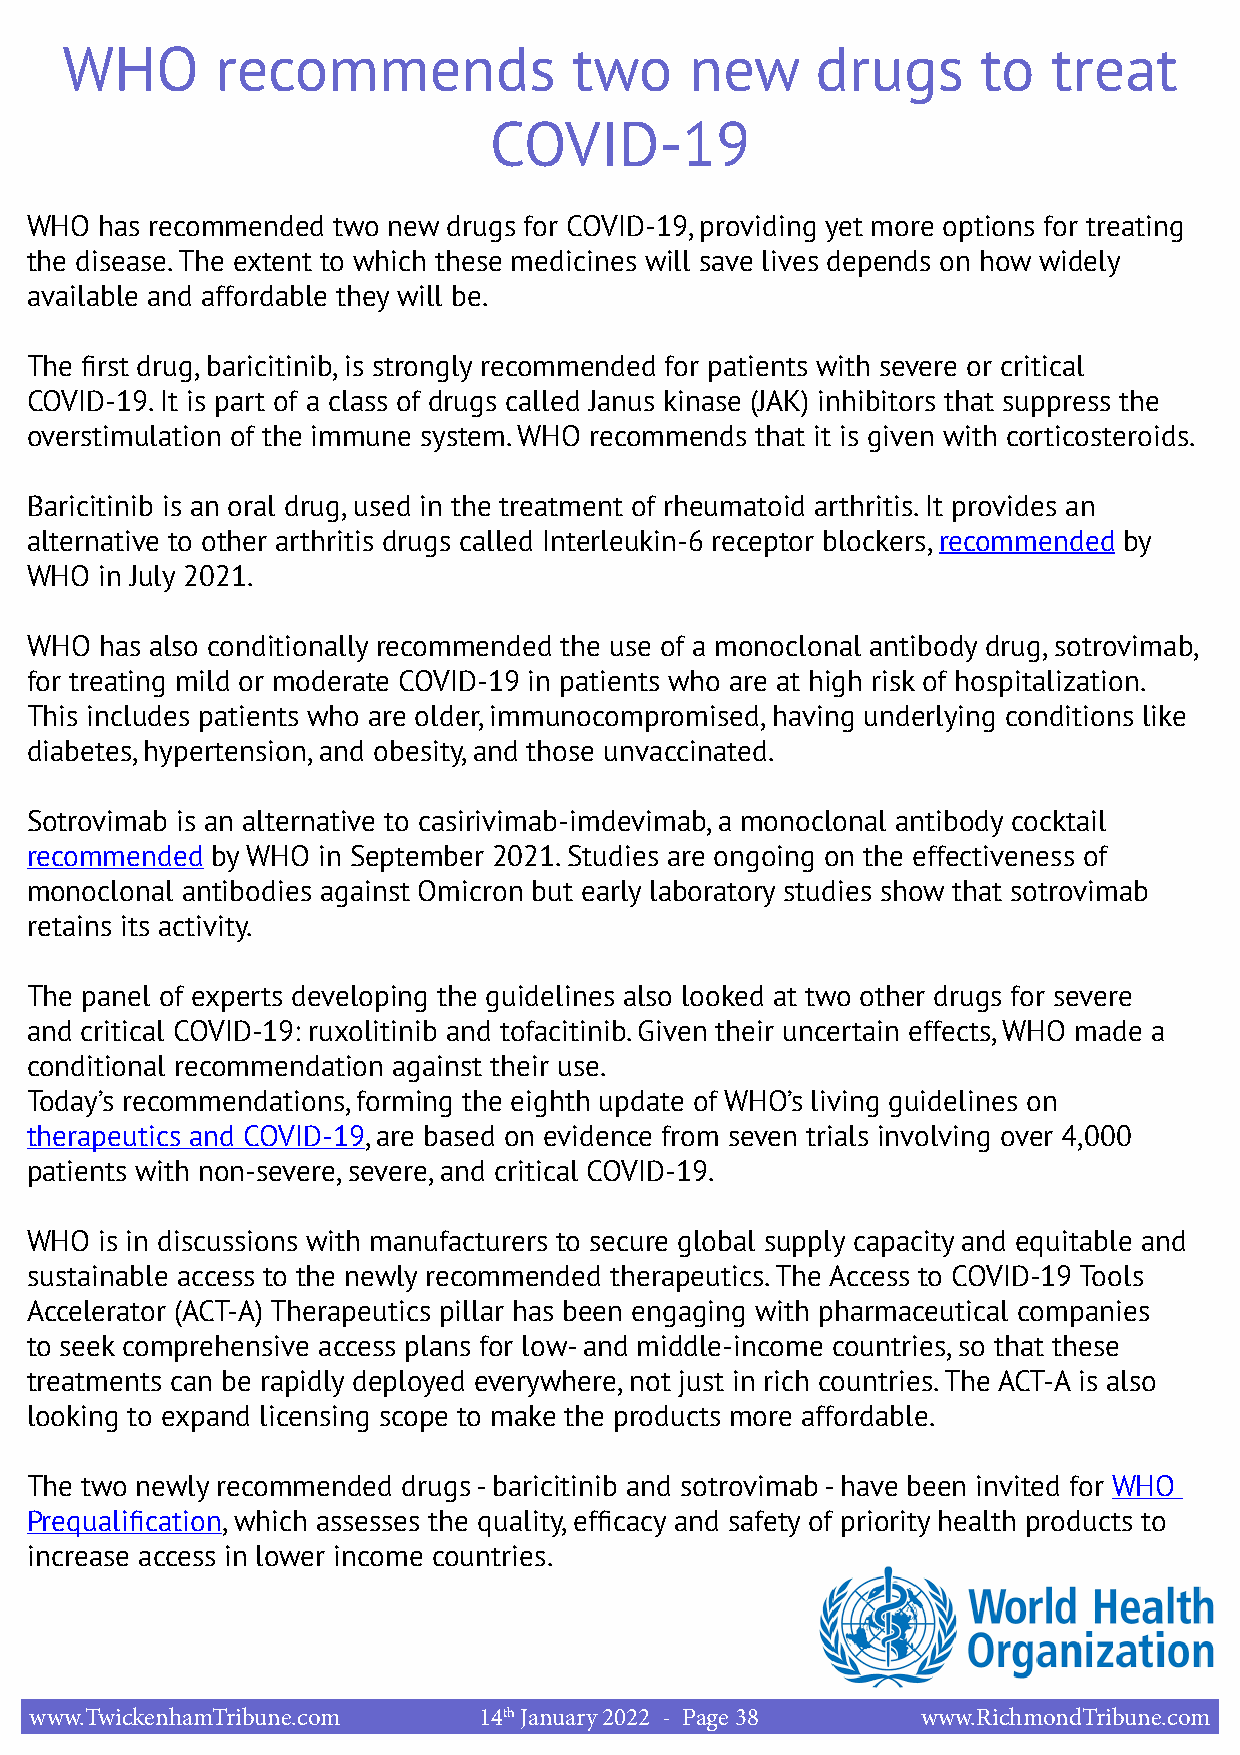
WHO       recommends              two     new     drugs      to   treat
 COVID-19
 WHO  has recommended two new drugs for COVID-19, providing yet more options for treating
 the disease. The extent to which these medicines will save lives depends on how widely
 available and affordable they will be.
 The first drug, baricitinib, is strongly recommended for patients with severe or critical
 COVID-19. It is part of a class of drugs called Janus kinase (JAK) inhibitors that suppress the
 overstimulation of the immune system. WHO recommends that it is given with corticosteroids.
 Baricitinib is an oral drug, used in the treatment of rheumatoid arthritis. It provides an
 alternative to other arthritis drugs called Interleukin-6 receptor blockers, recommended by
 WHO  in July 2021.
 WHO  has also conditionally recommended the use of a monoclonal antibody drug, sotrovimab,
 for treating mild or moderate COVID-19 in patients who are at high risk of hospitalization.
 This includes patients who are older, immunocompromised, having underlying conditions like
 diabetes, hypertension, and obesity, and those unvaccinated.
 Sotrovimab is an alternative to casirivimab-imdevimab, a monoclonal antibody cocktail
 recommended by WHO in September 2021. Studies are ongoing on the effectiveness of
 monoclonal antibodies against Omicron but early laboratory studies show that sotrovimab
 retains its activity.
 The panel of experts developing the guidelines also looked at two other drugs for severe
 and critical COVID-19: ruxolitinib and tofacitinib. Given their uncertain effects, WHO made a
 conditional recommendation against their use.
 Today’s recommendations, forming the eighth update of WHO’s living guidelines on
 therapeutics and COVID-19, are based on evidence from seven trials involving over 4,000
 patients with non-severe, severe, and critical COVID-19.
 WHO  is in discussions with manufacturers to secure global supply capacity and equitable and
 sustainable access to the newly recommended therapeutics. The Access to COVID-19 Tools
 Accelerator (ACT-A) Therapeutics pillar has been engaging with pharmaceutical companies
 to seek comprehensive access plans for low- and middle-income countries, so that these
 treatments can be rapidly deployed everywhere, not just in rich countries. The ACT-A is also
 looking to expand licensing scope to make the products more affordable.
 The two newly recommended drugs - baricitinib and sotrovimab - have been invited for WHO
 Prequalification, which assesses the quality, efficacy and safety of priority health products to
 increase access in lower income countries.
 www.TwickenhamTribune.com     14th January 2022 - Page 38  www.RichmondTribune.com